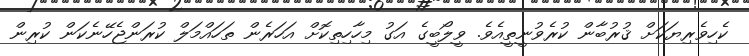
ކެހިވެރިޔަކަށް ޤުރުބާން ކުރެވުނީތީއެވެ. ވީލޯބީގެ އަގު މިހާހިތިކޮށް އަހަރެން ތަހައްމަލް ކުރަންޖެހޭނެކަން ކުރިން